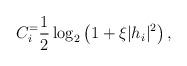
LaTeX: \begin{align*}C_i^ = \frac{1}{2}\log_2\left(1 + \xi |h_i|^2\right), \end{align*}